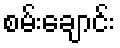
စမ်းချောင်း